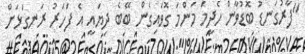
"ފާރުގަނޑު ބޮޑުވާން ހެދީމަ މަންމަ ގޮވައިގެން ބޭބެ ދިޔައީ އެ ފަހަރު ރަނގަޅަށް